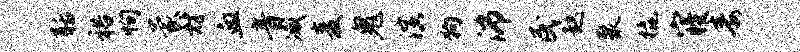
聒裕恂蒙材血音减麦鬼演狗沛民趑聚橇寝毒